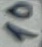
Text: 10